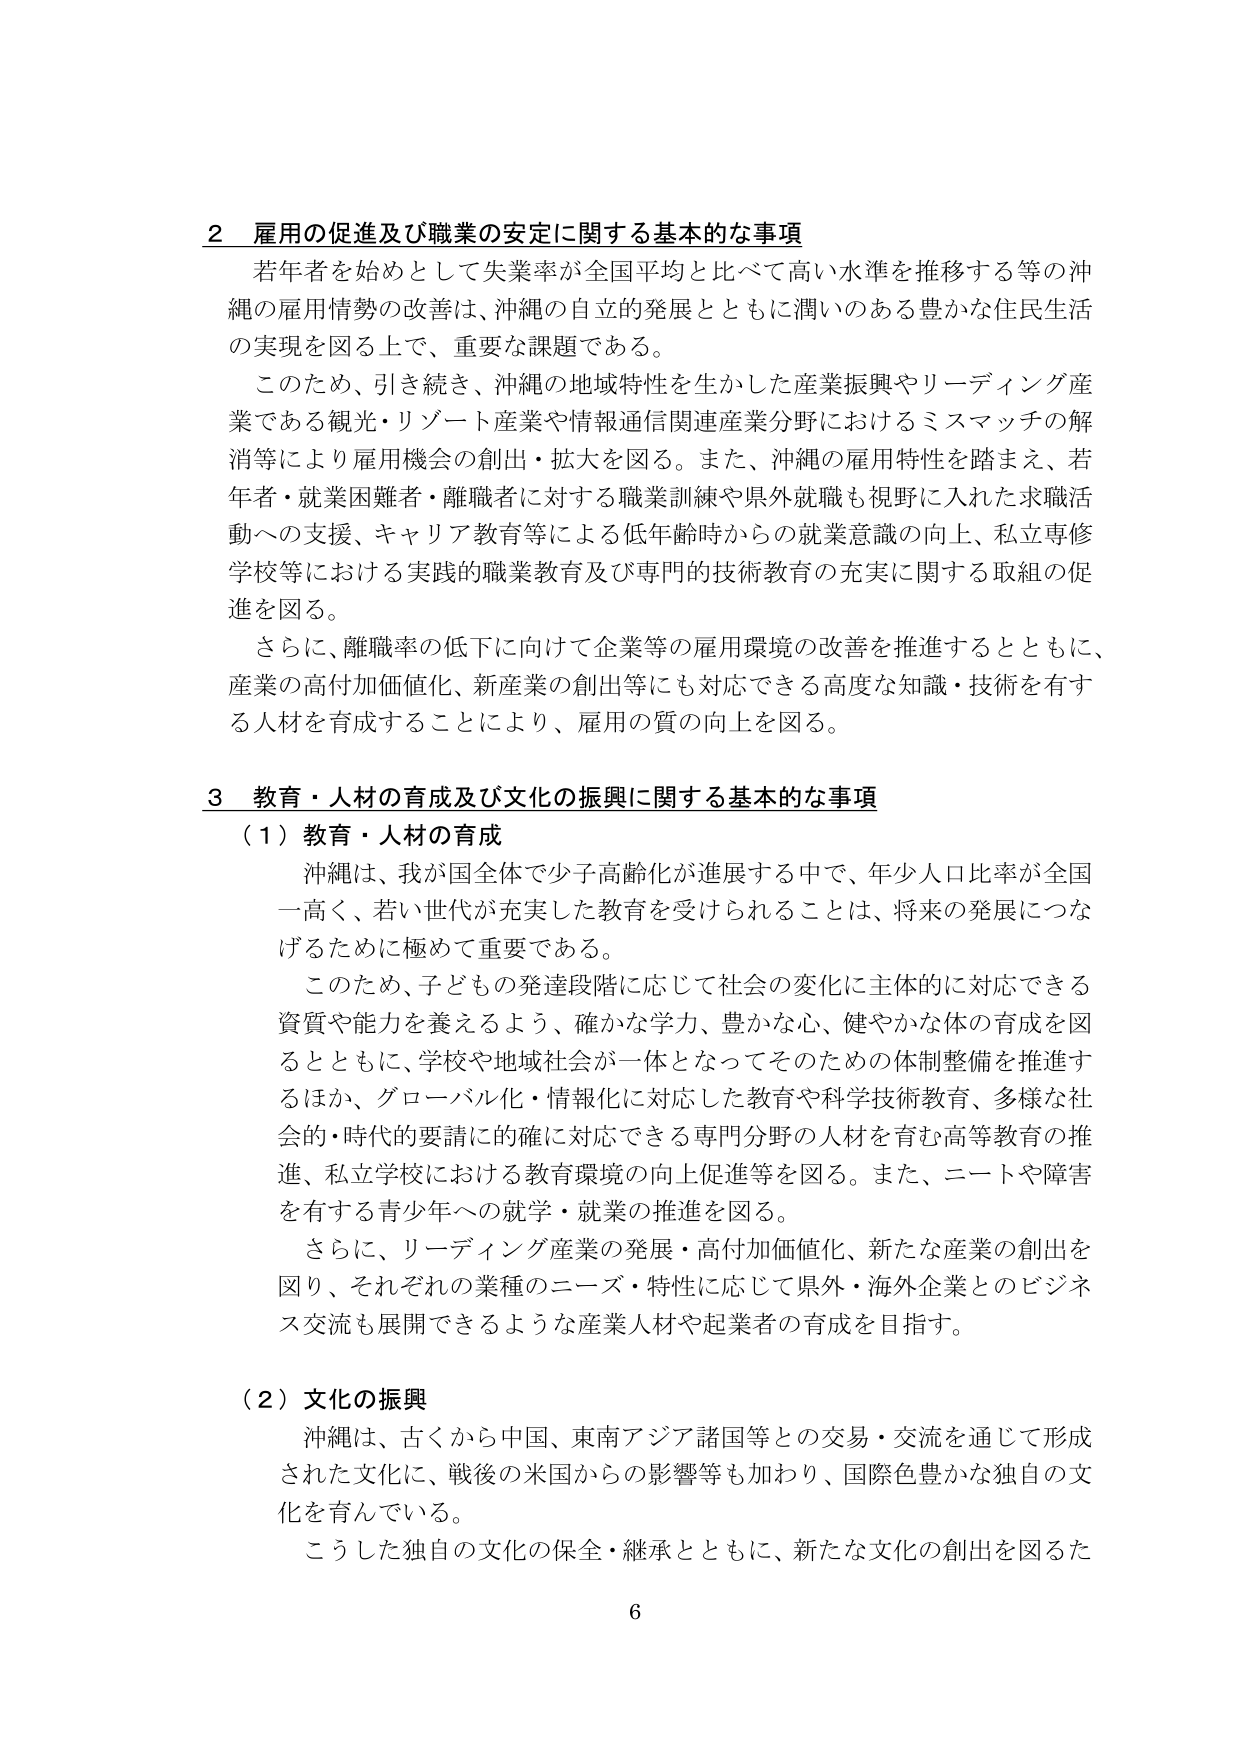
2 雇用の促進及び職業の安定に関する基本的な事項
若年者を始めとして失業率が全国平均と比べて高い水準を推移する等の沖縄の雇用情勢の改善は、沖縄の自立的発展とともに潤いのある豊かな住民生活の実現を図る上で、重要な課題である。
このため、引き続き、沖縄の地域特性を生かした産業振興やリーディング産業である観光・リゾート産業や情報通信関連産業分野におけるミスマッチの解消等により雇用機会の創出・拡大を図る。また、沖縄の雇用特性を踏まえ、若年者・就業困難者・離職者に対する職業訓練や県外就職も視野に入れた求職活動への支援、キャリア教育等による低年齢時からの就業意識の向上、私立専修学校等における実践的職業教育及び専門的技術教育の充実に関する取組の促進を図る。
さらに、離職率の低下に向けて企業等の雇用環境の改善を推進するとともに、産業の高付加価値化、新産業の創出等にも対応できる高度な知識・技術を有する人材を育成することにより、雇用の質の向上を図る。

3 教育・人材の育成及び文化の振興に関する基本的な事項
（1）教育・人材の育成
沖縄は、我が国全体で少子高齢化が進展する中で、年少人口比率が全国一高く、若い世代が充実した教育を受けられることは、将来の発展につなげるために極めて重要である。
このため、子どもの発達段階に応じて社会の変化に主体的に対応できる資質や能力を養えるよう、確かな学力、豊かな心、健やかな体の育成を図るとともに、学校や地域社会が一体となってそのための体制整備を推進するほか、グローバル化・情報化に対応した教育や科学技術教育、多様な社会的・時代的要請に的確に対応できる専門分野の人材を育む高等教育の推進、私立学校における教育環境の向上促進等を図る。また、ニートや障害を有する青少年への就学・就業の推進を図る。
さらに、リーディング産業の発展・高付加価値化、新たな産業の創出を図り、それぞれの業種のニーズ・特性に応じて県外・海外企業とのビジネス交流も展開できるような産業人材や起業者の育成を目指す。

（2）文化の振興
沖縄は、古くから中国、東南アジア諸国等との交易・交流を通じて形成された文化に、戦後の米国からの影響等も加わり、国際色豊かな独自の文化を育んでいる。
こうした独自の文化の保全・継承とともに、新たな文化の創出を図るた

6